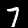
Label: 7